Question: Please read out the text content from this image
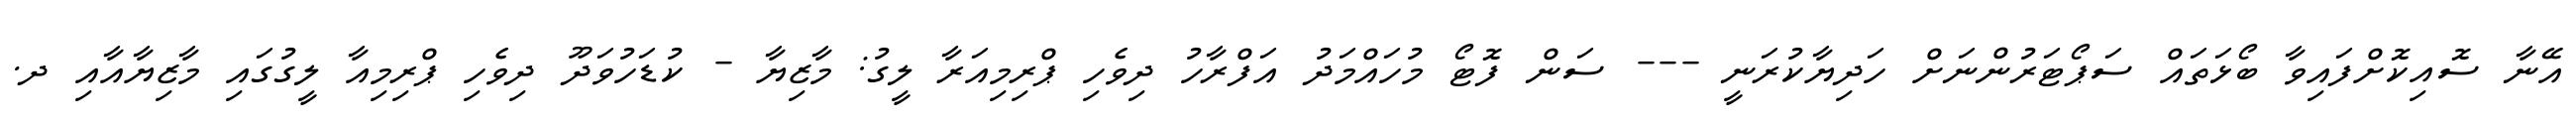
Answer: އޭނާ ސޮއިކޮށްފައިވާ ބޯޅަތައް ސަޕޯޓަރުންނަށް ހަދިޔާކުރަނީ --- ސަން ފޮޓޯ މުހައްމަދު އަފްރާހު ދިވެހި ޕްރިމިއަރާ ލީގު: މާޒިޔާ - ކުޑަހުވަދޫ ދިވެހި ޕްރިމިއާ ލީގުގައި މާޒިޔާއާއި ދ.